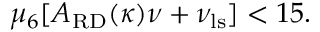
\mu _ { 6 } [ A _ { \mathrm { R D } } ( \kappa ) \nu + \nu _ { \mathrm { l s } } ] < 1 5 .